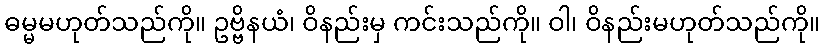
ဓမ္မမဟုတ်သည်ကို။ ဥဗ္ဗိနယံ၊ ဝိနည်းမှ ကင်းသည်ကို။ ဝါ၊ ဝိနည်းမဟုတ်သည်ကို။